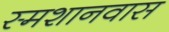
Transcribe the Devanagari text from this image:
स्मशानवास